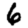
Digit: 6